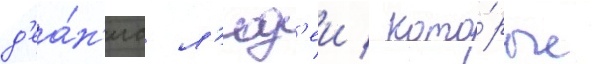
д'еа́н'иа л'юд'еи / кото́рые